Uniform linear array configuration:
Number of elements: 8
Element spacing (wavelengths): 0.75
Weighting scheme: cosine
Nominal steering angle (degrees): -45
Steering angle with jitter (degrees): -45.143
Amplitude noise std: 0.05
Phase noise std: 0.05

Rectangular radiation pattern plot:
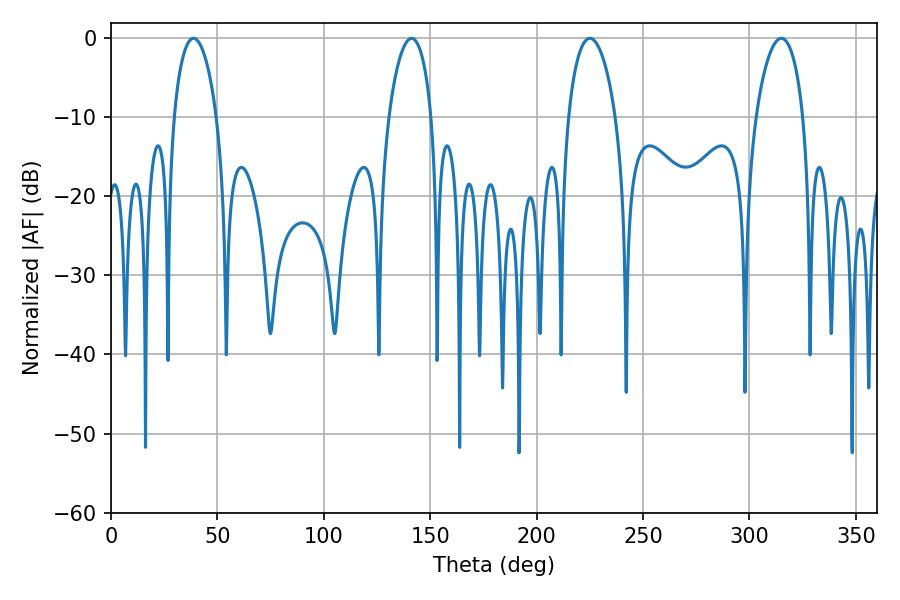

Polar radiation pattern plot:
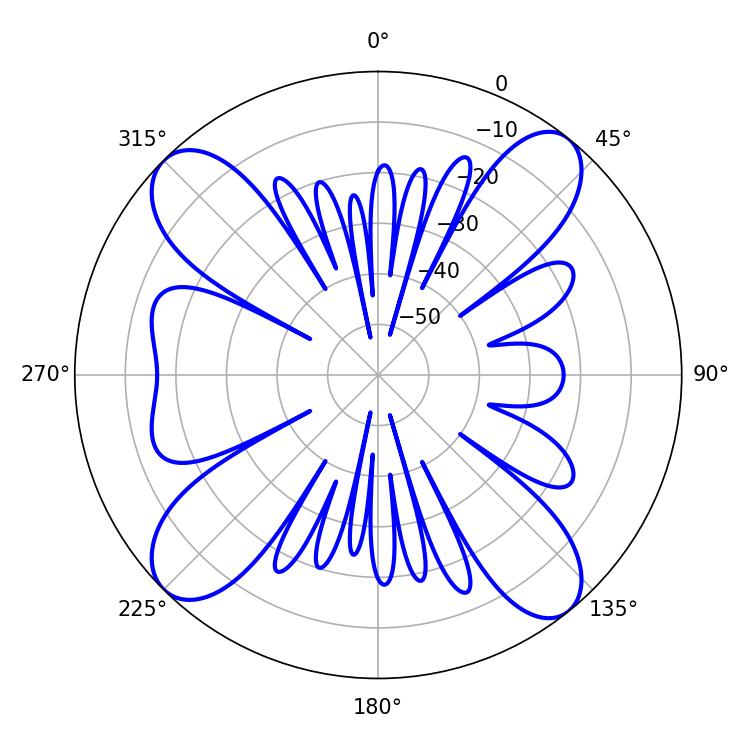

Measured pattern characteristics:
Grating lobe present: TRUE
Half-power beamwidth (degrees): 12.6
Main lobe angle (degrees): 225